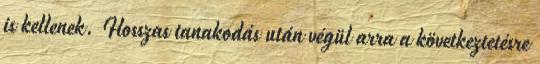
is kellenek. Hosszas tanakodás után végül arra a következtetésre